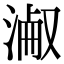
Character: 𣸎